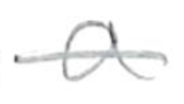
Text: a
Cross-out: single-line
Writing tool: pencil